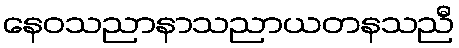
နေဝသညာနာသညာယတနသညီ